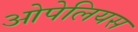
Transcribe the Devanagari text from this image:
ओपेलियस